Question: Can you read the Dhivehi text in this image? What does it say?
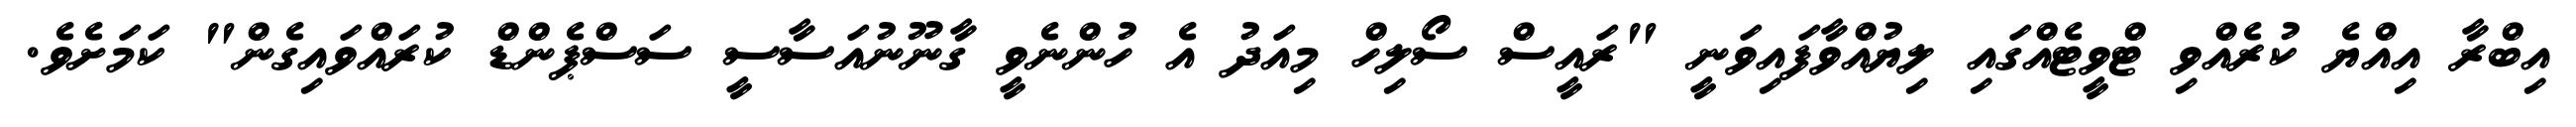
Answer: އިބްރާ އިއްޔެ ކުރެއްވި ޓްވީޓެއްގައި ލިޔުއްވާފައިވަނީ "ރައީސް ސޯލިހް މިއަދު އެ ހުންނެވީ ގާނޫނުއަސާސީ ސަސްޕެންޑް ކުރައްވައިގެން" ކަމަށެވެ.